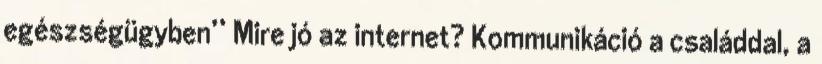
egészségügyben’’ Mire jó az internet? Kommunikáció a családdal, a